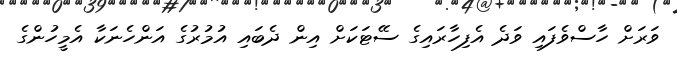
ވަރަށް ހާސްވެފައި ވަދެ އެފިހާރައިގެ ސޭޓަކަށް އިން ދެބައި އުމުރުގެ އަންހެނަކާ އެމީހުންގެ